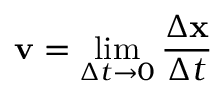
\mathbf { v } = \operatorname* { l i m } _ { \Delta t \to 0 } { \frac { \Delta \mathbf { x } } { \Delta t } }